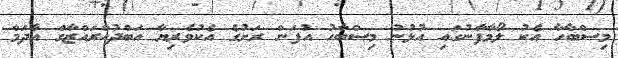
މިސްބާހާ އެކު ލޯމާފާނުގައި އުޅުނު މިސްބާހު އުފަން ރަށުގެ އެކުވެރިޔާ އަބްދުއްރައްޒާގް އާދަމް